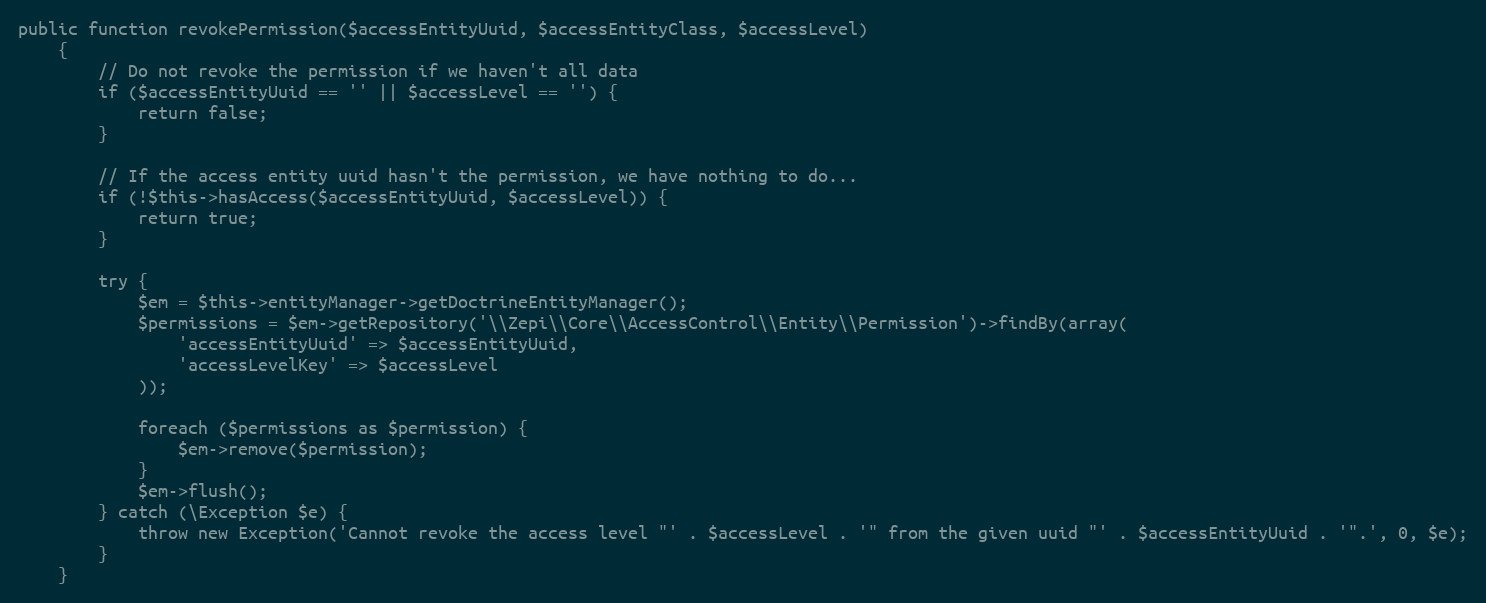
Language: PHP
public function revokePermission($accessEntityUuid, $accessEntityClass, $accessLevel)
    {
        // Do not revoke the permission if we haven't all data
        if ($accessEntityUuid == '' || $accessLevel == '') {
            return false;
        }

        // If the access entity uuid hasn't the permission, we have nothing to do...
        if (!$this->hasAccess($accessEntityUuid, $accessLevel)) {
            return true;
        }

        try {
            $em = $this->entityManager->getDoctrineEntityManager();
            $permissions = $em->getRepository('\\Zepi\\Core\\AccessControl\\Entity\\Permission')->findBy(array(
                'accessEntityUuid' => $accessEntityUuid,
                'accessLevelKey' => $accessLevel
            ));

            foreach ($permissions as $permission) {
                $em->remove($permission);
            }
            $em->flush();
        } catch (\Exception $e) {
            throw new Exception('Cannot revoke the access level "' . $accessLevel . '" from the given uuid "' . $accessEntityUuid . '".', 0, $e);
        }
    }